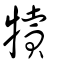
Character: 犢